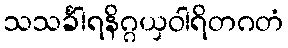
သသင်္ခါရနိဂ္ဂယှဝါရိတဂတံ